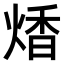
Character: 𤋭